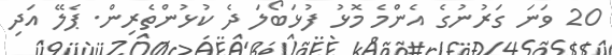
20 ވަނަ ގަރުނުގެ އެންމެ މޮޅު ފުޅަބޯލަ ދެ ކުޅުންތެރިން. ޕެލޭ އަދި